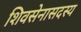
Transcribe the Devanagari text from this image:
शिवसेनासदस्य